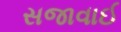
સજાવાઈ